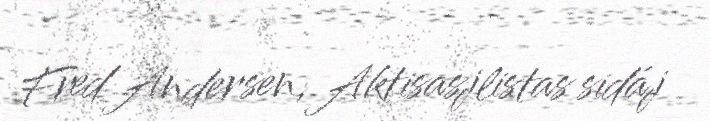
Fred Andersen, Aktisasjlistas sidáj